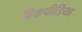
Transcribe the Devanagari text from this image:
विकपीडिया